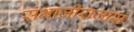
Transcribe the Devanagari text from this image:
संभाजीराजास